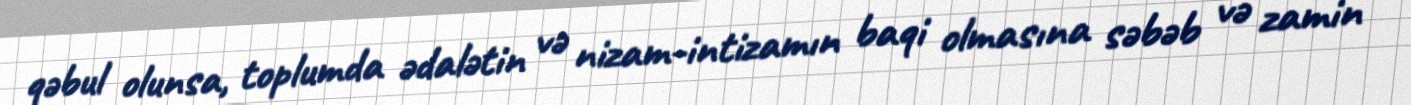
qəbul olunsa, toplumda ədalətin və nizam-intizamın baqi olmasına səbəb və zamin